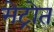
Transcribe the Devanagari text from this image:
मेट्रोत